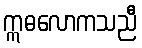
ဣဓလောကသညီ